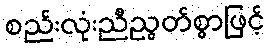
စည်းလုံးညီညွတ်စွာဖြင့်